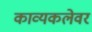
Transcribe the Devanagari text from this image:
काव्यकलेवर